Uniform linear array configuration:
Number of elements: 4
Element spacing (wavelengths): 1
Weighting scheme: binomial
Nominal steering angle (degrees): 60
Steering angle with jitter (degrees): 59.765
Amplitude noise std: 0.05
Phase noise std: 0.05

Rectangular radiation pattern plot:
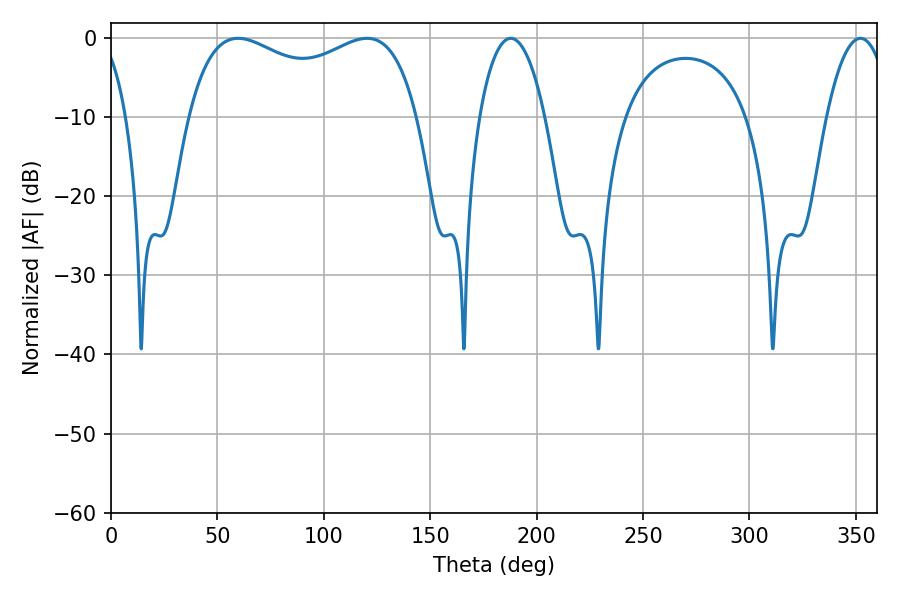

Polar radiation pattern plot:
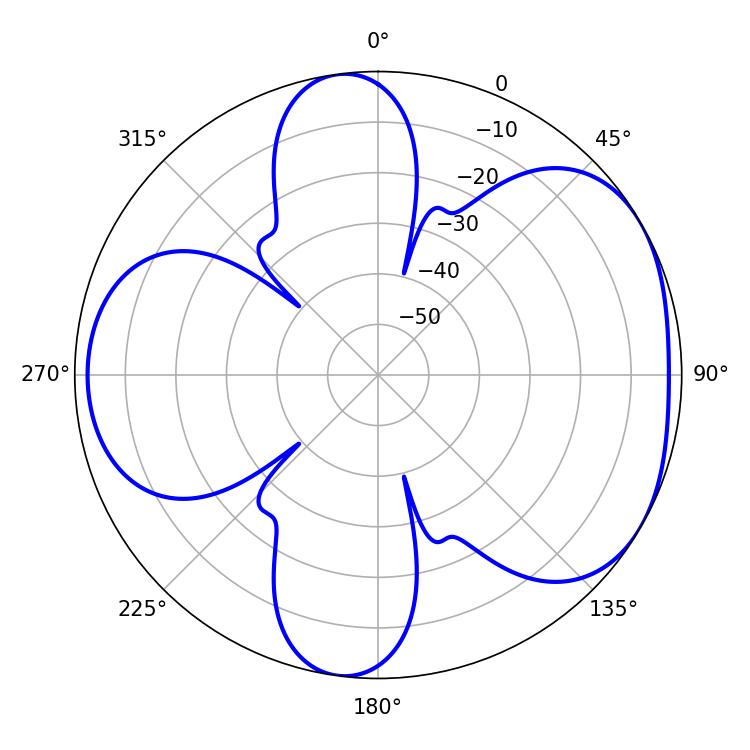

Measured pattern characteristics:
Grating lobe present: TRUE
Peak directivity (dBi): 4.699
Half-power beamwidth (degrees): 88.92
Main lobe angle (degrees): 59.76